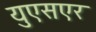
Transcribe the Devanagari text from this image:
युएसएर